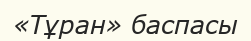
«Тұран» баспасы